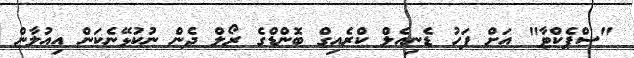
"ސްޕެކްޓާ" އަށް ފަހު ޑެނިއެލް ކްރެއިގް ބޮންޑްގެ ރޯލް ދެން ނުކުޅޭނެކަން އިއުލާން